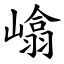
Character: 嶖